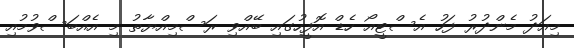
މިއަދު މެންދުރު ފަހު އެސްޓީއޯ ހެޑް އޮފީހުގައި ބޭއްވި ރަސްމިއްޔާތު މި އެއްބަސްވުމުއި